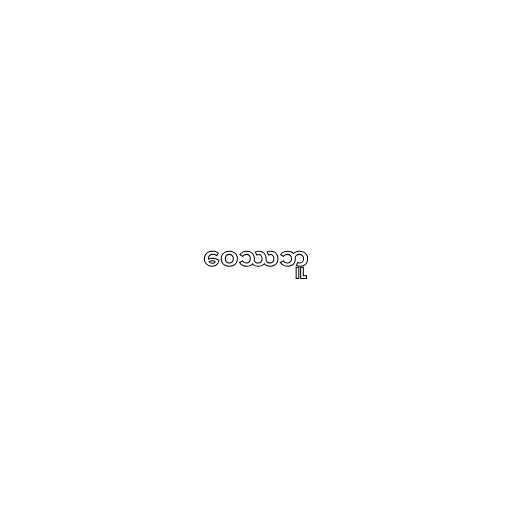
ဝေဿဘူ